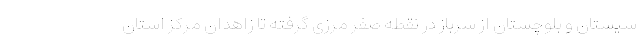
سیستان و بلوچستان از سرباز در نقطه صفر مرزی گرفته تا زاهدان مرکز استان